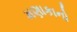
મણાકાનો